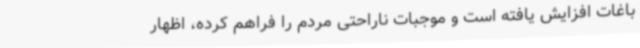
باغات افزایش یافته است و موجبات ناراحتی مردم را فراهم کرده، اظهار